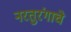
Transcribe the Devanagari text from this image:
नरतुरंगाचे